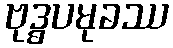
ဗုဒ္ဓပမုခဿ